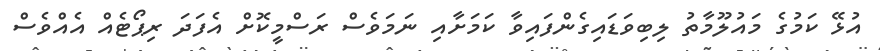
އުޅޭ ކަމުގެ މައުލޫމާތު ލިބިވަޑައިގެންފައިވާ ކަމަށާއި ނަމަވެސް ރަސްމީކޮށް އެފަދަ ރިޕޯޓެއް އެއްވެސް